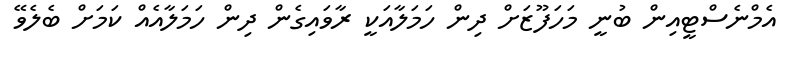
އެމްނެސްޓީއިން ބުނީ މަހަފޫޒަށް ދިން ހަމަލާއަކީ ރާވައިގެން ދިން ހަމަލާއެއް ކަމަށް ބެލެވޭ